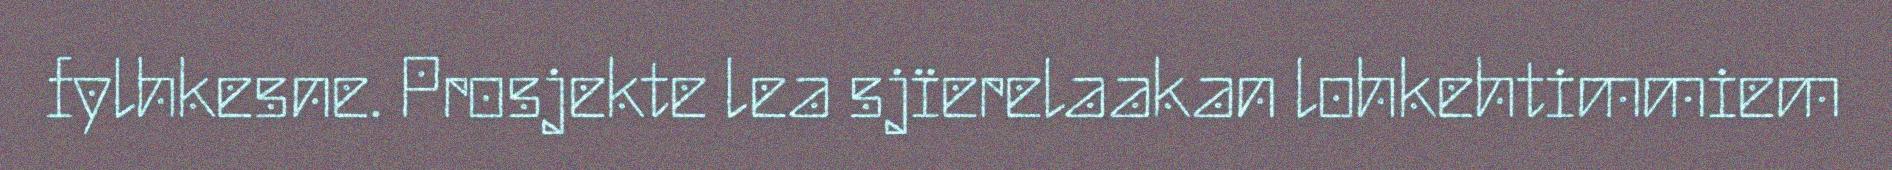
fylhkesne. Prosjekte lea sjïerelaakan lohkehtimmiem